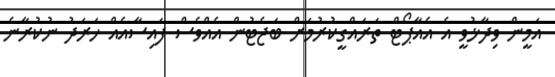
އަމީން ވިދާޅުވީ އެ އެއާޕޯޓް ތަރައްގީކުރުމަށް ބަޖެޓުން އެއްވެސް ފައިސާއެއް ހަރަދު ނުކުރާނެ